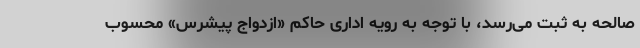
صالحه به ثبت می‌رسد، با توجه به رویه اداری حاکم «ازدواج پیشرس» محسوب